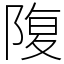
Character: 䧗